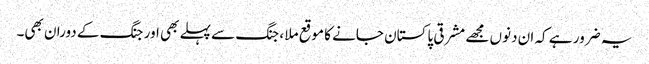
یہ ضرور ہے کہ ان دنوں مجھے مشرقی پاکستان جانے کا موقع ملا ، جنگ سے پہلے بھی اور جنگ کے دوران بھی۔